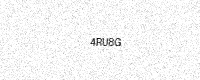
Text: 4RU8G